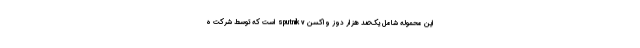
این محموله شامل یک‌صد هزار دوز واکسن sputnik v است که توسط شرکت ه